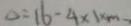
\Delta = 1 6 - 4 \times 1 \times m -